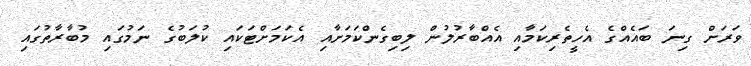
ވަރަށް ގިނަ ބައެއްގެ އެހީތެރިކަމާއި އެއްބާރުލުން ލިބިގެންކަމަށާއި އެކަމަށްޓަކައި ކުލަބުގެ ނަމުގަައި މުބާރާތުގައި